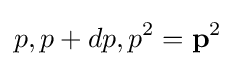
p,p+dp,p^{2}={\bf {p}}^{2}